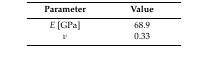
<table><thead><tr><td><b>Parameter</b></td><td><b>Value</b></td></tr></thead><tbody><tr><td><i>E</i> [GPa]</td><td>68.9</td></tr><tr><td><i>ν</i></td><td>0.33</td></tr></tbody></table>